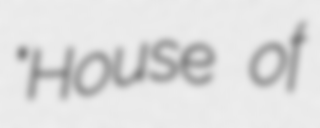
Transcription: "House of